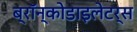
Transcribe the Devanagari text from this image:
ब्रॉन्कोडाइलेटर्स